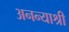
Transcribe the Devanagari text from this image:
अनन्याश्री